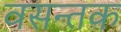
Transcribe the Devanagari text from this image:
वसन्तक